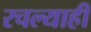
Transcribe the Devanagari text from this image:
रचल्याही